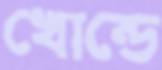
খোন্ডে